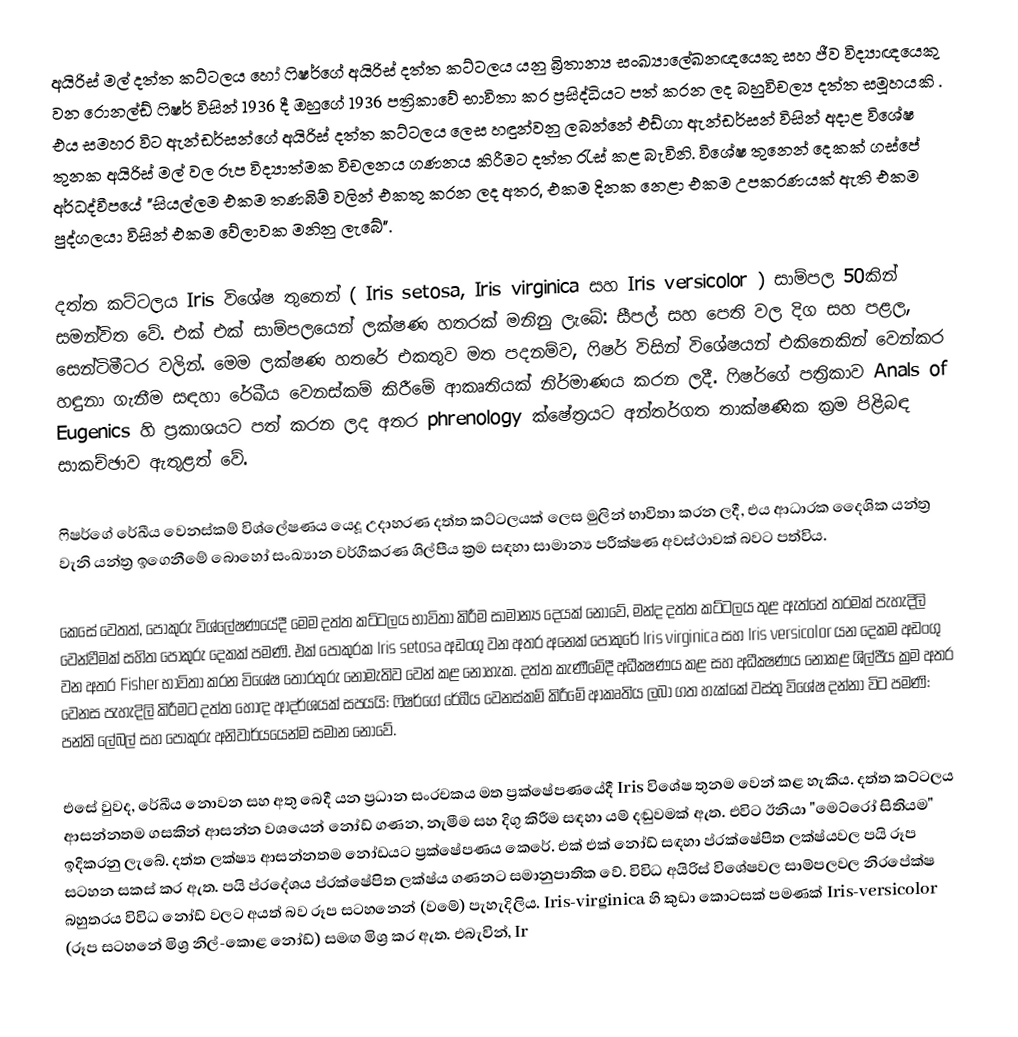
අයිරිස් මල් දත්ත කට්ටලය හෝ ෆිෂර්ගේ අයිරිස් දත්ත කට්ටලය යනු බ්‍රිතාන්‍ය සංඛ්‍යාලේඛනඥයෙකු සහ ජීව විද්‍යාඥයෙකු වන රොනල්ඩ් ෆිෂර් විසින් 1936 දී ඔහුගේ 1936 පත්‍රිකාවේ භාවිතා කර ප්‍රසිද්ධියට පත් කරන ලද බහුවිචල්‍ය දත්ත සමූහයකි .  එය සමහර විට ඇන්ඩර්සන්ගේ අයිරිස් දත්ත කට්ටලය ලෙස හඳුන්වනු ලබන්නේ එඩ්ගා ඇන්ඩර්සන් විසින් අදාළ විශේෂ තුනක අයිරිස් මල් වල රූප විද්‍යාත්මක විචලනය ගණනය කිරීමට දත්ත රැස් කළ බැවිනි.  විශේෂ තුනෙන් දෙකක් ගස්පේ අර්ධද්වීපයේ "සියල්ලම එකම තණබිම් වලින් එකතු කරන ලද අතර, එකම දිනක නෙළා එකම උපකරණයක් ඇති එකම පුද්ගලයා විසින් එකම වේලාවක මනිනු ලැබේ".

දත්ත කට්ටලය Iris විශේෂ තුනෙන් ( Iris setosa, Iris virginica සහ Iris versicolor ) සාම්පල 50කින් සමන්විත වේ. එක් එක් සාම්පලයෙන් ලක්ෂණ හතරක් මනිනු ලැබේ: සීපල් සහ පෙති වල දිග සහ පළල, සෙන්ටිමීටර වලින්. මෙම ලක්ෂණ හතරේ එකතුව මත පදනම්ව, ෆිෂර් විසින් විශේෂයන් එකිනෙකින් වෙන්කර හඳුනා ගැනීම සඳහා රේඛීය වෙනස්කම් කිරීමේ ආකෘතියක් නිර්මාණය කරන ලදී. ෆිෂර්ගේ පත්‍රිකාව Anals of Eugenics හි ප්‍රකාශයට පත් කරන ලද අතර phrenology ක්ෂේත්‍රයට අන්තර්ගත තාක්ෂණික ක්‍රම පිළිබඳ සාකච්ඡාව ඇතුළත් වේ.

ෆිෂර්ගේ රේඛීය වෙනස්කම් විශ්ලේෂණය යෙදූ උදාහරණ දත්ත කට්ටලයක් ලෙස මුලින් භාවිතා කරන ලදී, එය ආධාරක දෛශික යන්ත්‍ර වැනි යන්ත්‍ර ඉගෙනීමේ බොහෝ සංඛ්‍යාන වර්ගීකරණ ශිල්පීය ක්‍රම සඳහා සාමාන්‍ය පරීක්ෂණ අවස්ථාවක් බවට පත්විය.

කෙසේ වෙතත්, පොකුරු විශ්ලේෂණයේදී මෙම දත්ත කට්ටලය භාවිතා කිරීම සාමාන්‍ය දෙයක් නොවේ, මන්ද දත්ත කට්ටලය තුළ ඇත්තේ තරමක් පැහැදිලි වෙන්වීමක් සහිත පොකුරු දෙකක් පමණි. එක් පොකුරක Iris setosa අඩංගු වන අතර අනෙක් පොකුරේ Iris virginica සහ Iris versicolor යන දෙකම අඩංගු වන අතර Fisher භාවිතා කරන විශේෂ තොරතුරු නොමැතිව වෙන් කළ නොහැක. දත්ත කැණීමේදී අධීක්‍ෂණය කළ සහ අධීක්‍ෂණය නොකළ ශිල්පීය ක්‍රම අතර වෙනස පැහැදිලි කිරීමට දත්ත හොඳ ආදර්ශයක් සපයයි: ෆිෂර්ගේ රේඛීය වෙනස්කම් කිරීමේ ආකෘතිය ලබා ගත හැක්කේ වස්තු විශේෂ දන්නා විට පමණි: පන්ති ලේබල් සහ පොකුරු අනිවාර්යයෙන්ම සමාන නොවේ.

එසේ වුවද, රේඛීය නොවන සහ අතු බෙදී යන ප්‍රධාන සංරචකය මත ප්‍රක්ෂේපණයේදී Iris විශේෂ තුනම වෙන් කළ හැකිය.  දත්ත කට්ටලය ආසන්නතම ගසකින් ආසන්න වශයෙන් නෝඩ් ගණන, නැමීම සහ දිගු කිරීම සඳහා යම් දඬුවමක් ඇත. එවිට ඊනියා "මෙට්රෝ සිතියම" ඉදිකරනු ලැබේ.  දත්ත ලක්ෂ්‍ය ආසන්නතම නෝඩයට ප්‍රක්ෂේපණය කෙරේ. එක් එක් නෝඩ් සඳහා ප්රක්ෂේපිත ලක්ෂ්යවල පයි රූප සටහන සකස් කර ඇත. පයි ප්රදේශය ප්රක්ෂේපිත ලක්ෂ්ය ගණනට සමානුපාතික වේ. විවිධ අයිරිස් විශේෂවල සාම්පලවල නිරපේක්ෂ බහුතරය විවිධ නෝඩ් වලට අයත් බව රූප සටහනෙන් (වමේ) පැහැදිලිය. Iris-virginica හි කුඩා කොටසක් පමණක් Iris-versicolor (රූප සටහනේ මිශ්‍ර නිල්-කොළ නෝඩ්) සමඟ මිශ්‍ර කර ඇත. එබැවින්, Ir